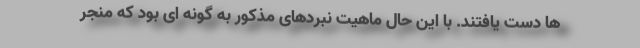
ها دست یافتند. با این حال ماهیت نبردهای مذکور به گونه ای بود که منجر